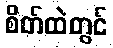
စိတ်ထဲတွင်